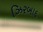
ઝિરબાદ